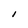
Character: I